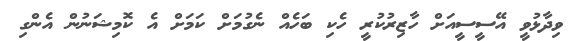
ވިދާޅުވީ އޭސީސީއަށް ހާޒިރުކުރީ ހެކި ބަހެއް ނެގުމަށް ކަމަށް އެ ކޮމިޝަނުން އެންގި